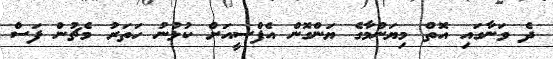
ދެ ވަނާގައި އޮތް މިޔަންމާގެ ޔަންގޮން އެފްސީއަށް ކުޅުނު ހަތަރު މެޗުން ފަސް